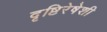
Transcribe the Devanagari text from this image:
दृष्टिरेषेशी